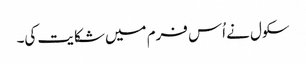
سکول نے اُس فرم میں شکایت کی۔